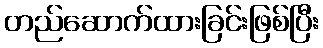
တည်ဆောက်ထားခြင်းဖြစ်ပြီး